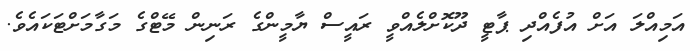
އަމިއްލަ އަށް އުފެއްދި ޕާޓީ ދޫކޮށްލެއްވީ ރައީސް ޔާމީންގެ ރަނިން މޭޓްގެ މަގާމަށްޓަކައެވެ.